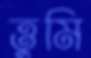
ত্তুমি